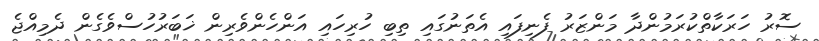
ސޮރު ހަރަކާތްކުރަމުންދާ މަންޒަރު ފެނިފައި އެތަނުގައި ތިބި ހުރިހައި އަންހެންވެރިން ޚަބަރުހުސްވެގެން ދެމިއްޖެ